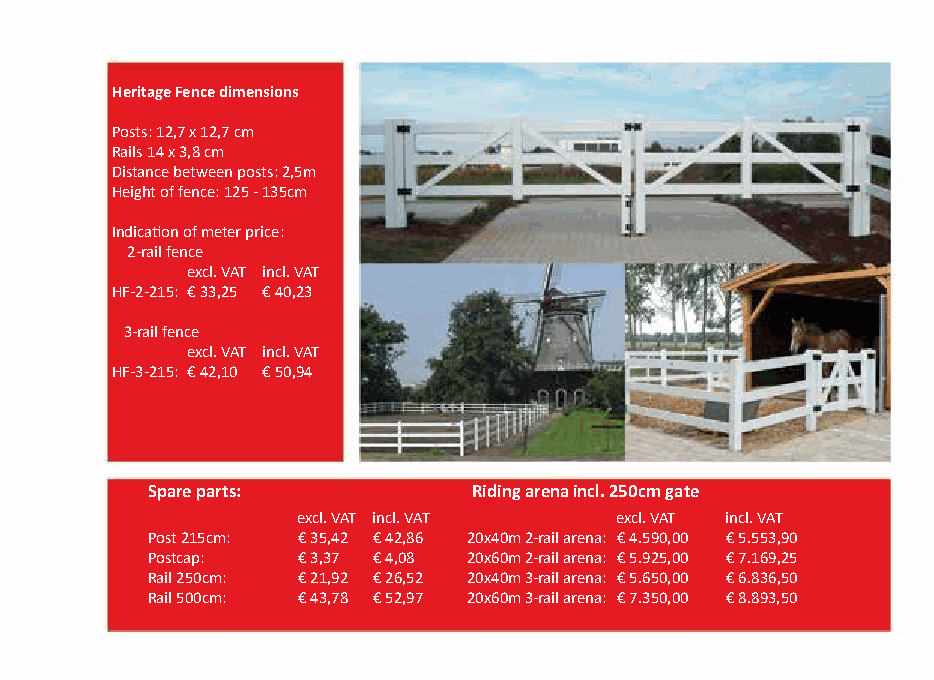
Heritage Fence dimensions
 Posts: 12,7 x 12,7 cm
 Rails 14 x 3,8 cm
 Distance between posts: 2,5m
 Height of fence: 125 - 135cm
 Indication of meter price:
 2-rail fence
 excl. VAT incl. VAT
 HF-2-215: € 33,25 € 40,23
 3-rail fence
 excl. VAT incl. VAT
 HF-3-215: € 42,10 € 50,94
 Spare parts:         Riding arena incl. 250cm gate
 excl. VAT incl. VAT  excl. VAT incl. VAT
 Post 215cm: € 35,42 € 42,86 20x40m 2-rail arena: € 4.590,00 € 5.553,90
 Postcap:  € 3,37 € 4,08 20x60m 2-rail arena: € 5.925,00 € 7.169,25
 Rail 250cm: € 21,92 € 26,52 20x40m 3-rail arena: € 5.650,00 € 6.836,50
 Rail 500cm: € 43,78 € 52,97 20x60m 3-rail arena: € 7.350,00 € 8.893,50